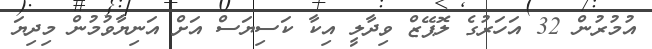
އުމުރުން 32 އަހަރުގެ ލޮޕޭޒް ވިދާލީ އިކާ ކަސިޔަސް އަށް އަނިޔާވުމުން މިދިޔަ